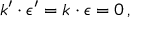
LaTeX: k ^ { \prime } \cdot \epsilon ^ { \prime } = k \cdot \epsilon = 0 \, ,